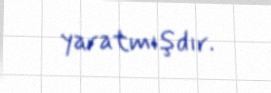
yaratmışdır.